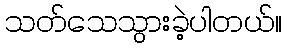
သတ်သေသွားခဲ့ပါတယ်။